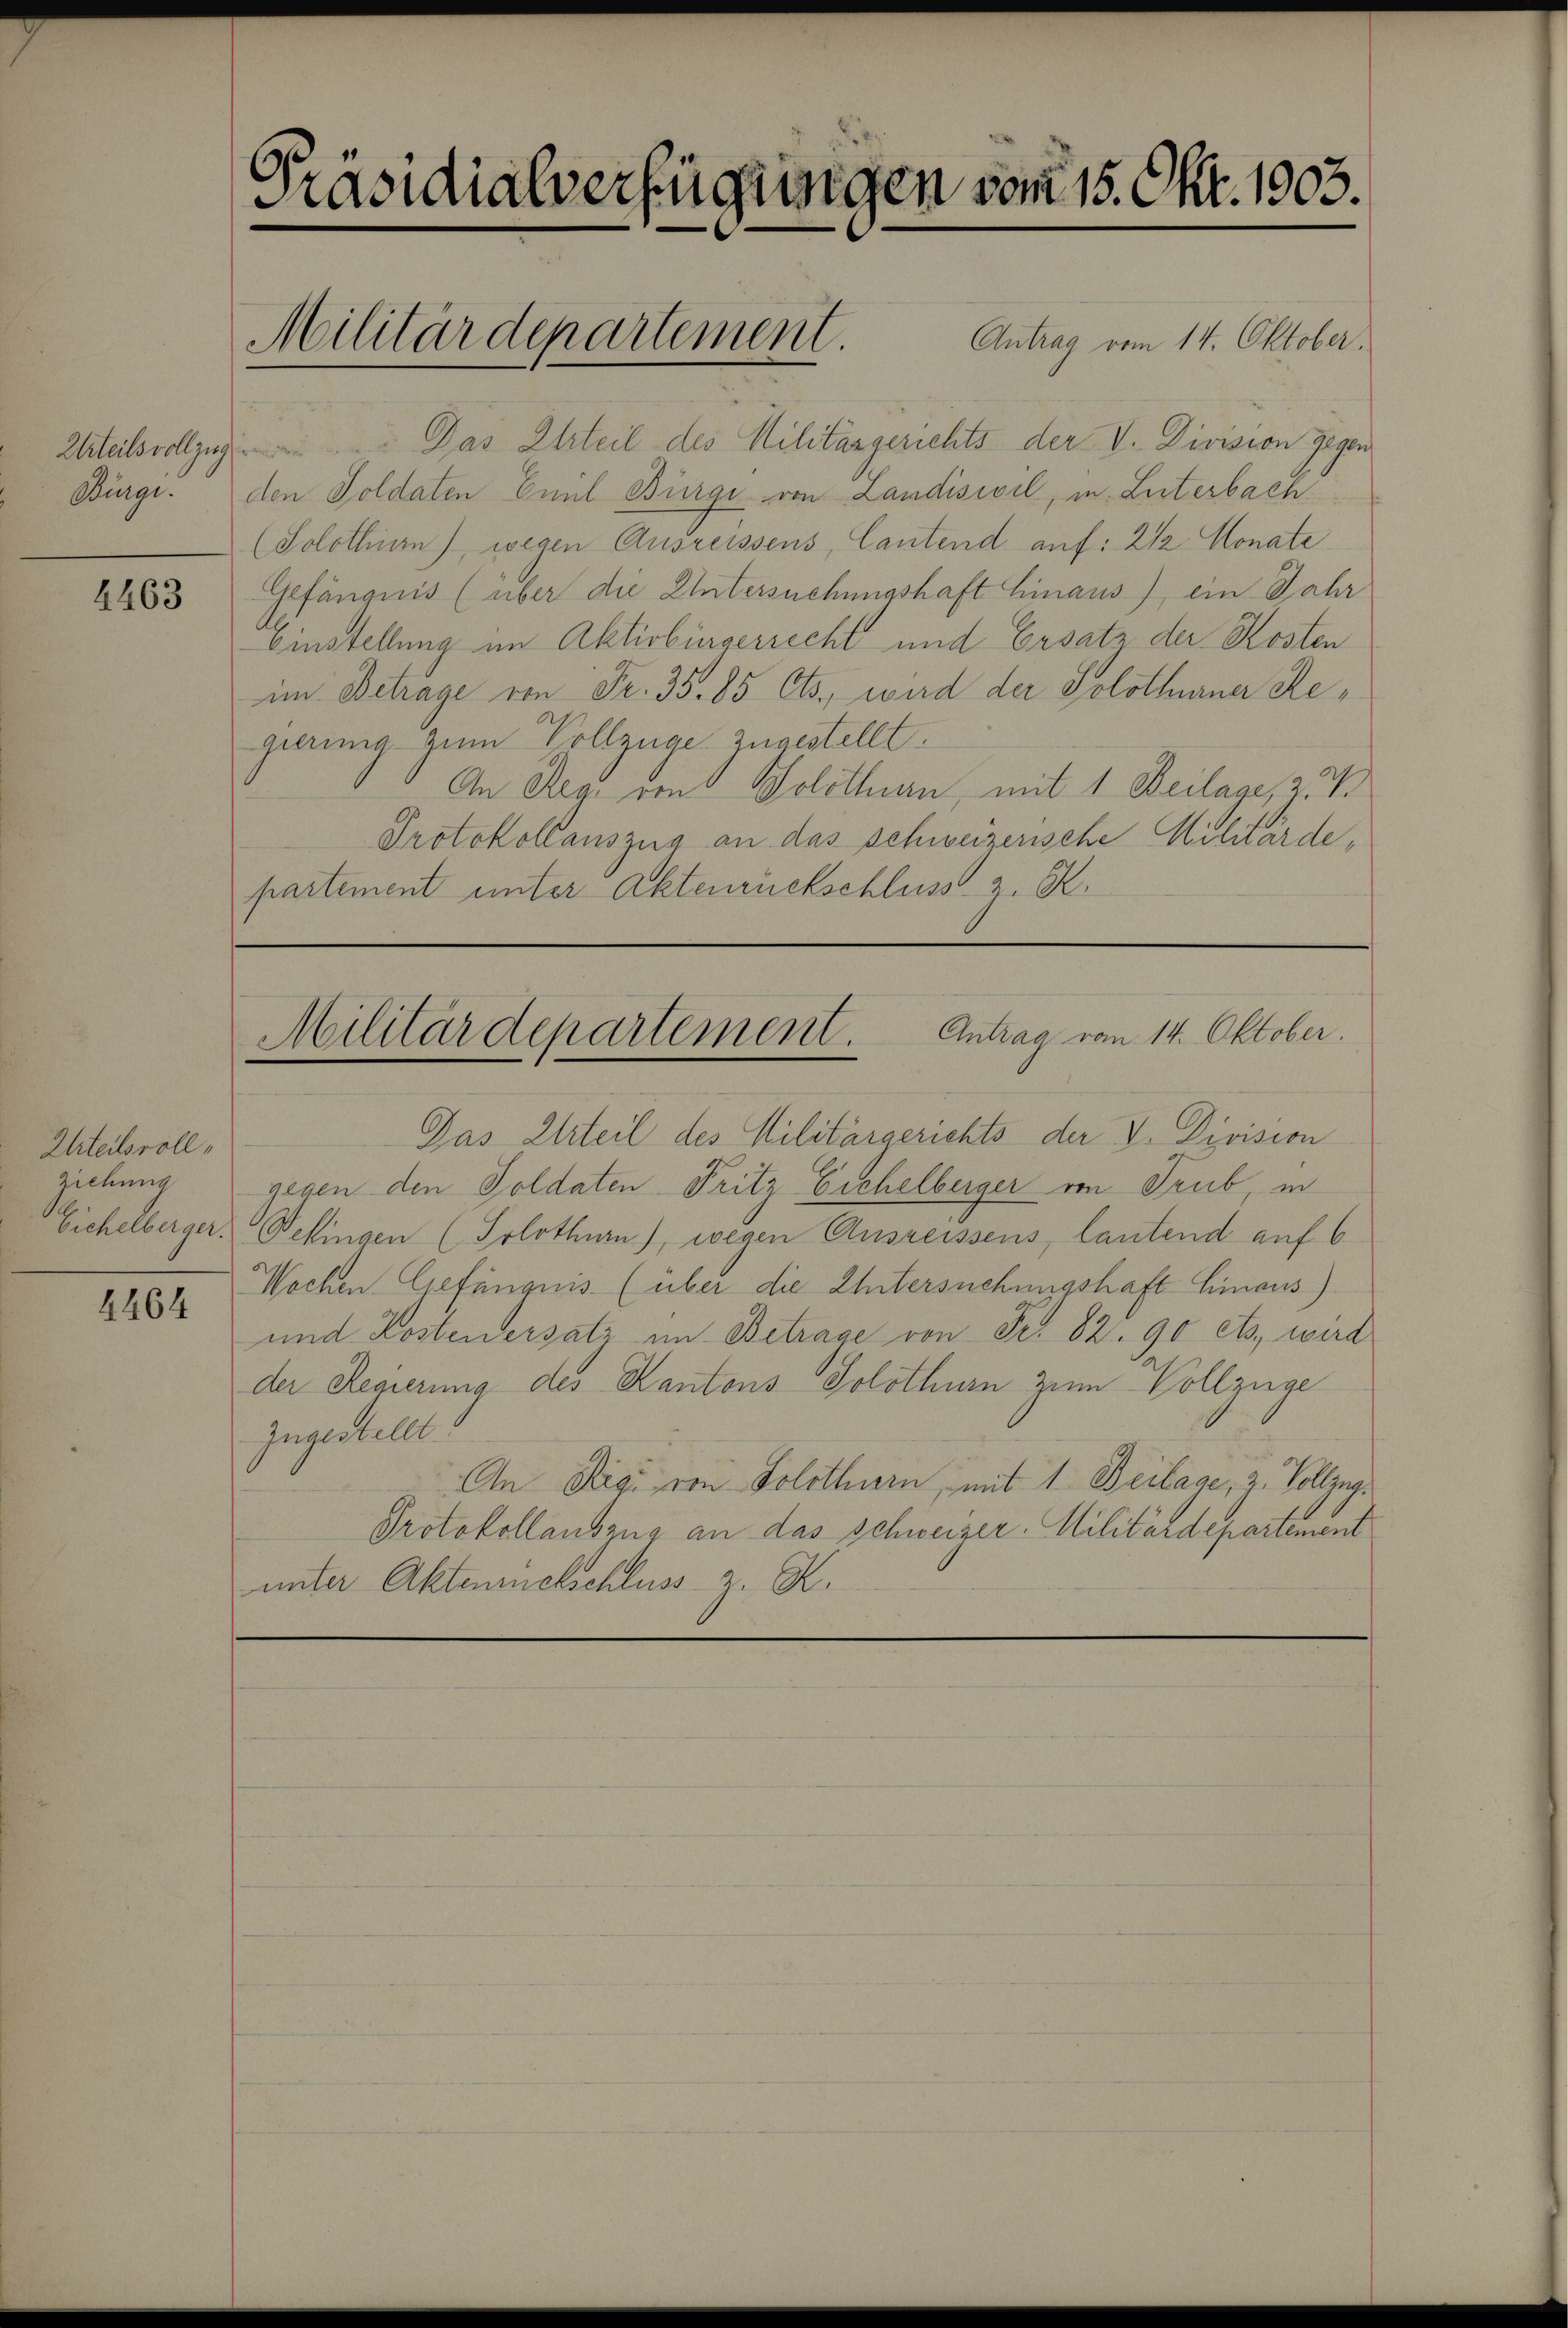
4463

Urteilsvoll,
ziehung
Eichelberger

4464

Präsidialverfügungen vom 15. Okt. 1903.
Militärdepartement.
Antrag vom 14. Oktober.

Urteilsvollzug. Das Urteil des Militärgerichts der V. Division gegen
Bürgi. den Soldaten Emil Bürgi von Landisivil, in Literbach
(Solothurn), wegen Ausreissens, Cantend auf: 2 1/2 Monate
Gefängnis (über die Untersuchungshaft hinaus) ein Jahr
Einstellung im Aktivbürgerrecht und Ersatz der Kosten
im Betrage von Fr. 35. 85 Cts., wird der Solothurner Regierung zum Vollzüge zugestellt.
An Reg. von Solothurn, mit 1 Beilage, 2. 4.
Protokollauszug an das schweizerische Militärde,
partement unter Aktenrückschluss z. B.

Antrag vom 14. Oktober.
Militärdepartement.

Das Urteil des Militärgerichts der V. Division
gegen den Soldaten Fritz Eichelberger von Trub in
Befingen (Solothurn), wegen Ausreissens, lautend auf 6
Wochen Gefängnis (über die Untersuchungshaft hinaus)
und Kostenersatz im Betrage von Fr. 82. 90 ets, wird
der Regierung des Kantons Solothurn zum Vollzüge
zugestellt.
An Rigi von Solothurn, mit 1. Beilage, z. Vollzug.
Protokollauszug an das Schweizer. Militärdepartement
unter Aktenrückschluss z. K.